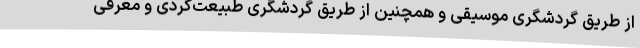
از طریق گردشگری موسیقی و همچنین از طریق گردشگری طبیعت‌گردی و معرفی